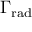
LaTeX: \Gamma _ { \mathrm { r a d } }